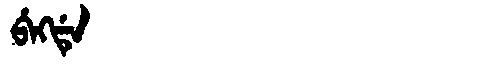
Manchu: ᠪᡝᡴᡩᡝ
Romanization: BEKDE